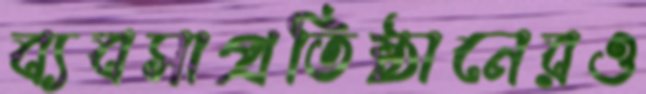
ব্যবসাপ্রতিষ্ঠানেরও